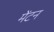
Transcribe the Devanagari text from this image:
मेंटन